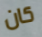
كان